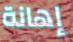
إهانة